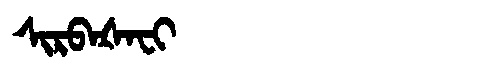
Manchu: ᠰᡳᡵᠪᠠᡧᠠᠸᡳ
Romanization: SIRBAŠAFI